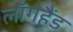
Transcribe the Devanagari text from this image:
लाँगहैंड